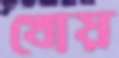
খোয়